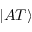
\left| A T \right\rangle